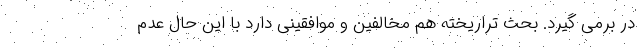
در برمی گیرد. بحث تراریخته هم مخالفین و موافقینی دارد با این حال عدم